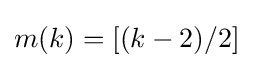
m(k)=[(k-2)/2]